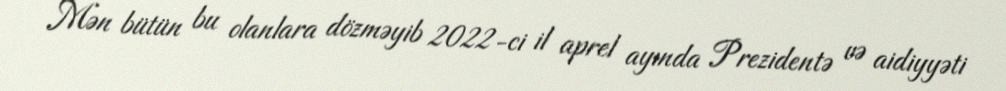
Mən bütün bu olanlara dözməyib 2022-ci il aprel ayında Prezidentə və aidiyyəti